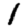
Digit: 1